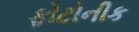
ફોટોનીક